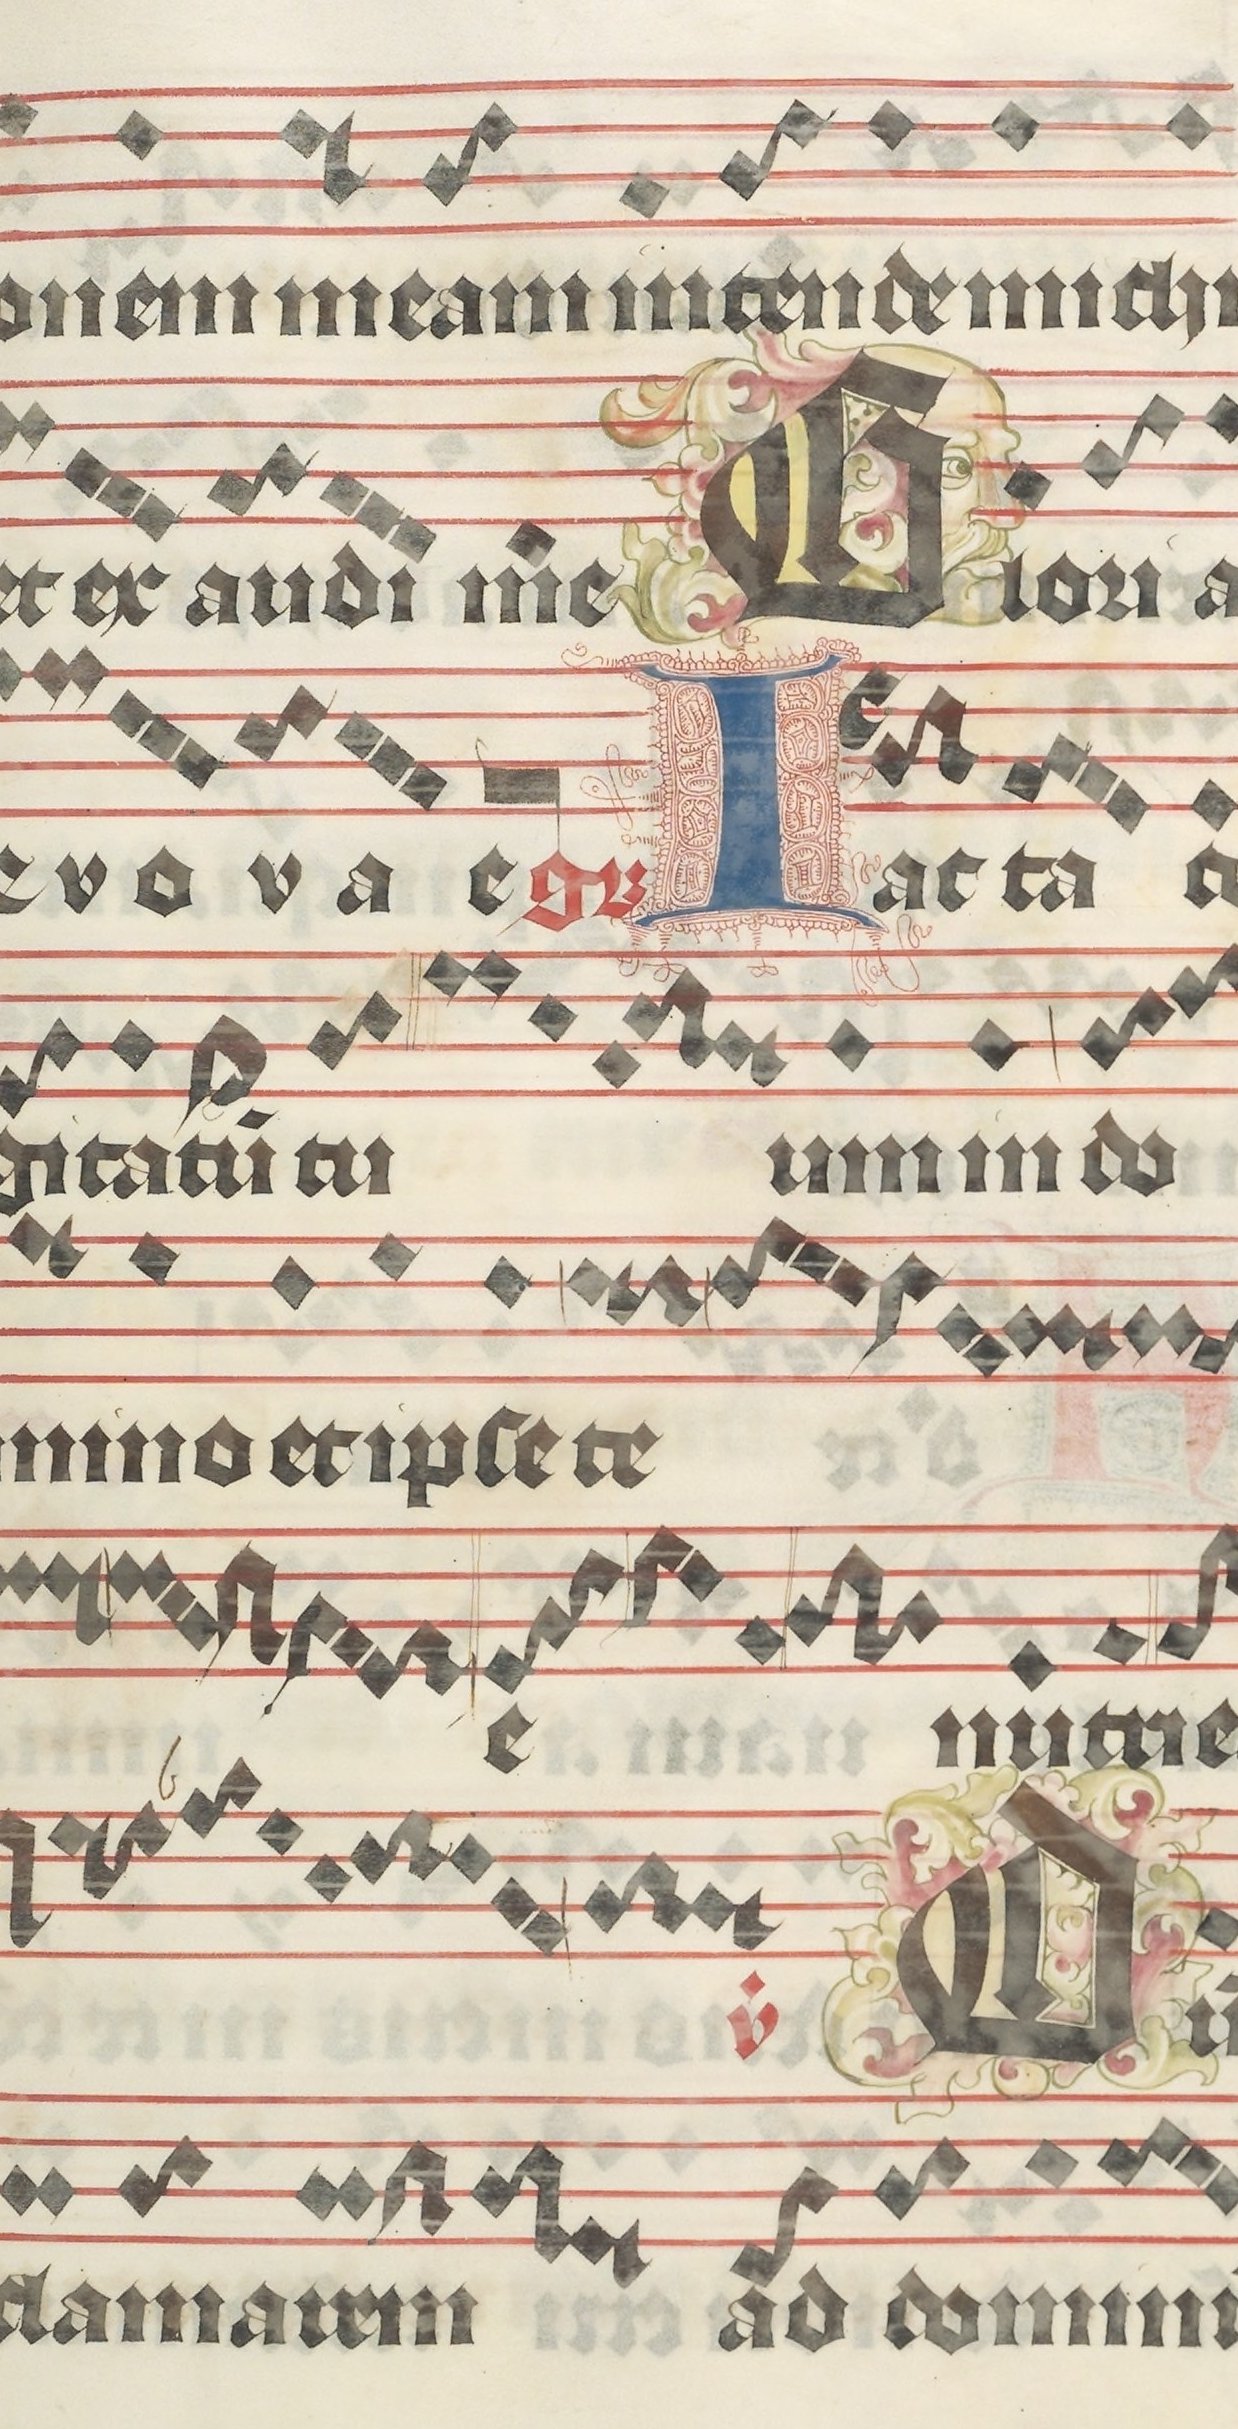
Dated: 1395–1425